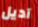
آديل